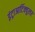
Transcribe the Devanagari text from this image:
इंट्राआर्टिक्युलर